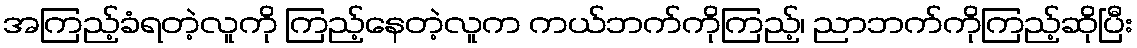
အကြည့်ခံရတဲ့လူကို ကြည့်နေတဲ့လူက ကယ်ဘက်ကိုကြည့်၊ ညာဘက်ကိုကြည့်ဆိုပြီး